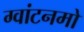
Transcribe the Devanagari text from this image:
ग्वांटनमो